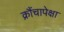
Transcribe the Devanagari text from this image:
क्रौंचापेक्षा